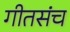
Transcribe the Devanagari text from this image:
गीतसंच